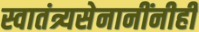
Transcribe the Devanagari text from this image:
स्वातंत्र्यसेनानींनीही